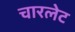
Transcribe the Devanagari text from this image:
चारलेट